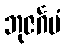
ဘုဇင်္ဂမံ